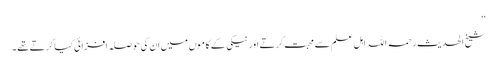
‘‘
شیخ الحدیث رحمہ اللہ اہل علم سے محبت کرتے اورنیکی کے کاموں میں ان کی حوصلہ افزائی کیا کرتے تھے ۔